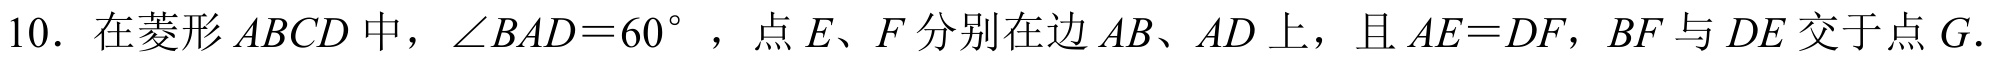
10. 在菱形 \(ABCD\) 中，\(\angle BAD = 60^{\circ}\) ，点 \(E、F\) 分别在边 \(AB、AD\) 上，且 \(AE = DF\)，\(BF\) 与 \(DE\) 交于点 \(G\).